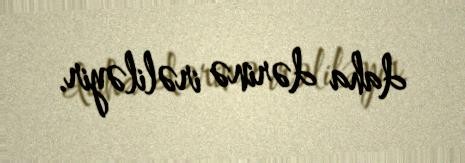
daha dərinə irəliləyir.